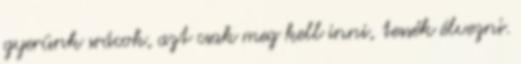
gyerünk srácok, azt csak meg kell inni, tessék élvezni.